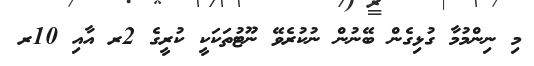
މި ނިންމުމާ ގުޅިގެން ބޭނުން ނުކުރެވޭ ނޫޓުތަކަކީ ކުރީގެ 2ރ އާއި 10ރ